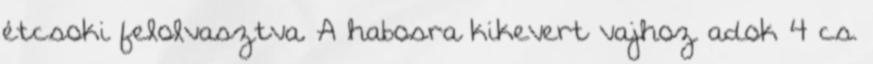
étcsoki felolvasztva. A habosra kikevert vajhoz adok 4 cs.